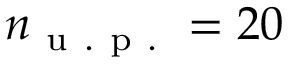
n _ { \mathrm { ~ u ~ . ~ p ~ . ~ } } = 2 0